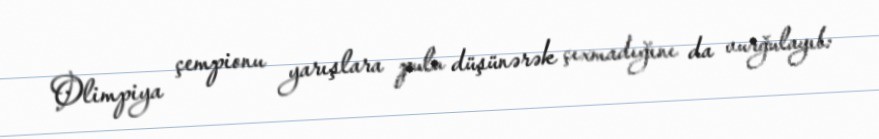
Olimpiya çempionu yarışlara pulu düşünərək çıxmadığını da vurğulayıb: